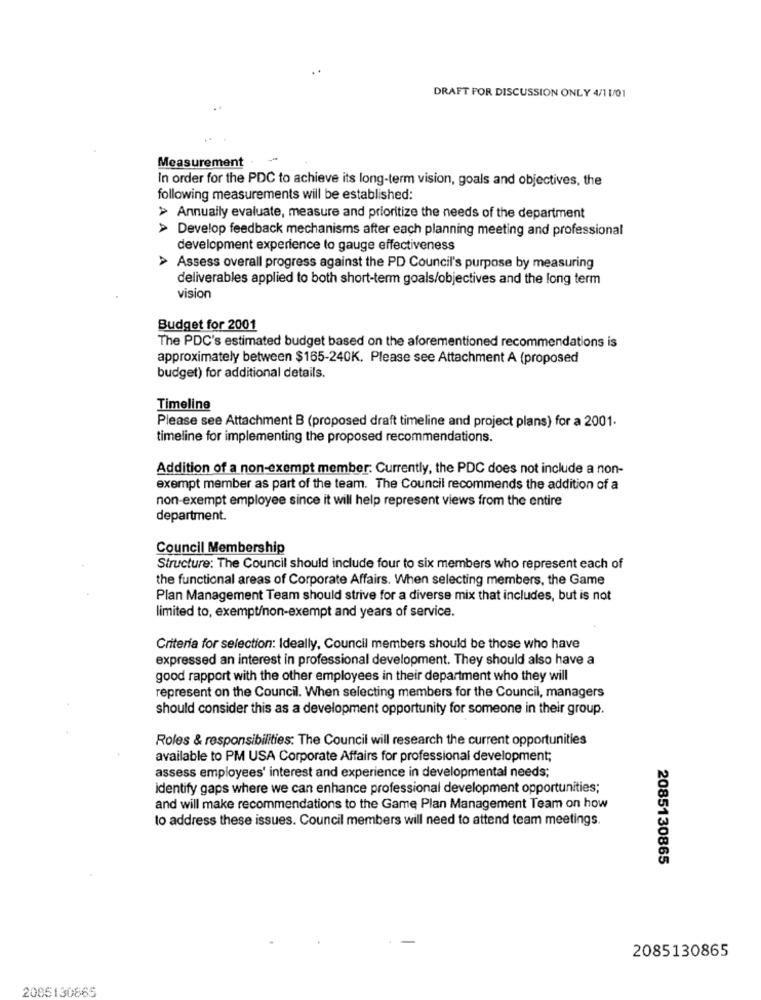
..
DRAFT FOR DISCUSSION ONLY 4/1 1/01
Measurement .
In order for the PDC to achieve its long-term vision, goals and objectives, the
following measurements will be established:
> Annually evaluate, measure and prioritize the needs of the department
> Develop feedback mechanisms after each planning meeting and professional
development experience to gauge effectiveness
> Assess overall progress against the PD Council's purpose by measuring
deliverables applied to both short-term goals/objectives and the long term
vision
Budget for 2001
The PDC's estimated budget based on the aforementioned recommendations is
approximately between $165-240K. Please see Attachment A (proposed
budget) for additional details.
Timeline
Please see Attachment B (proposed draft timeline and project plans) for a 2001.
timeline for implementing the proposed recommendations.
Addition of a non-exempt member. Currently, the PDC does not include a non-
exempt member as part of the team. The Council recommends the addition of a
non-exempt employee since it will help represent views from the entire
department.
Council Membership
Structure: The Council should include four to six members who represent each of
the functional areas of Corporate Affairs. When selecting members, the Game
Plan Management Team should strive for a diverse mix that includes, but is not
limited to, exempt/non-exempt and years of service.
Criteria for selection: Ideally, Council members should be those who have
expressed an interest in professional development. They should also have a
good rapport with the other employees in their department who they will
represent on the Council. When selecting members for the Council, managers
should consider this as a development opportunity for someone in their group.
Roles & responsibilities: The Council will research the current opportunities
available to PM USA Corporate Affairs for professional development;
assess employees' interest and experience in developmental needs;
identify gaps where we can enhance professional development opportunities;
and will make recommendations to the Game Plan Management Team on how
to address these issues. Council members will need to attend team meetings.
2085130865
2085130865
2085130865